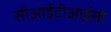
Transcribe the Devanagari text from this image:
सीआईटीआईसी